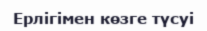
Ерлігімен көзге түсуі